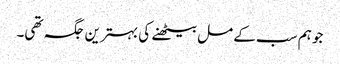
جو ہم سب کے مل بیٹھنے کی بہترین جگہ تھی۔